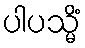
ပါပသ္မိံ